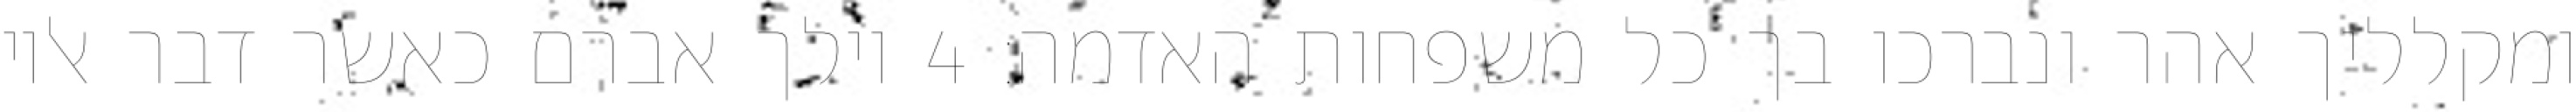
ומקלליך אהר ונברכו בך כל משפחות האדמה׃ ‎4‏ וילך אברם כאשר דבר אליו